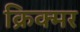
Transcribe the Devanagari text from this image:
क्रिक्मर